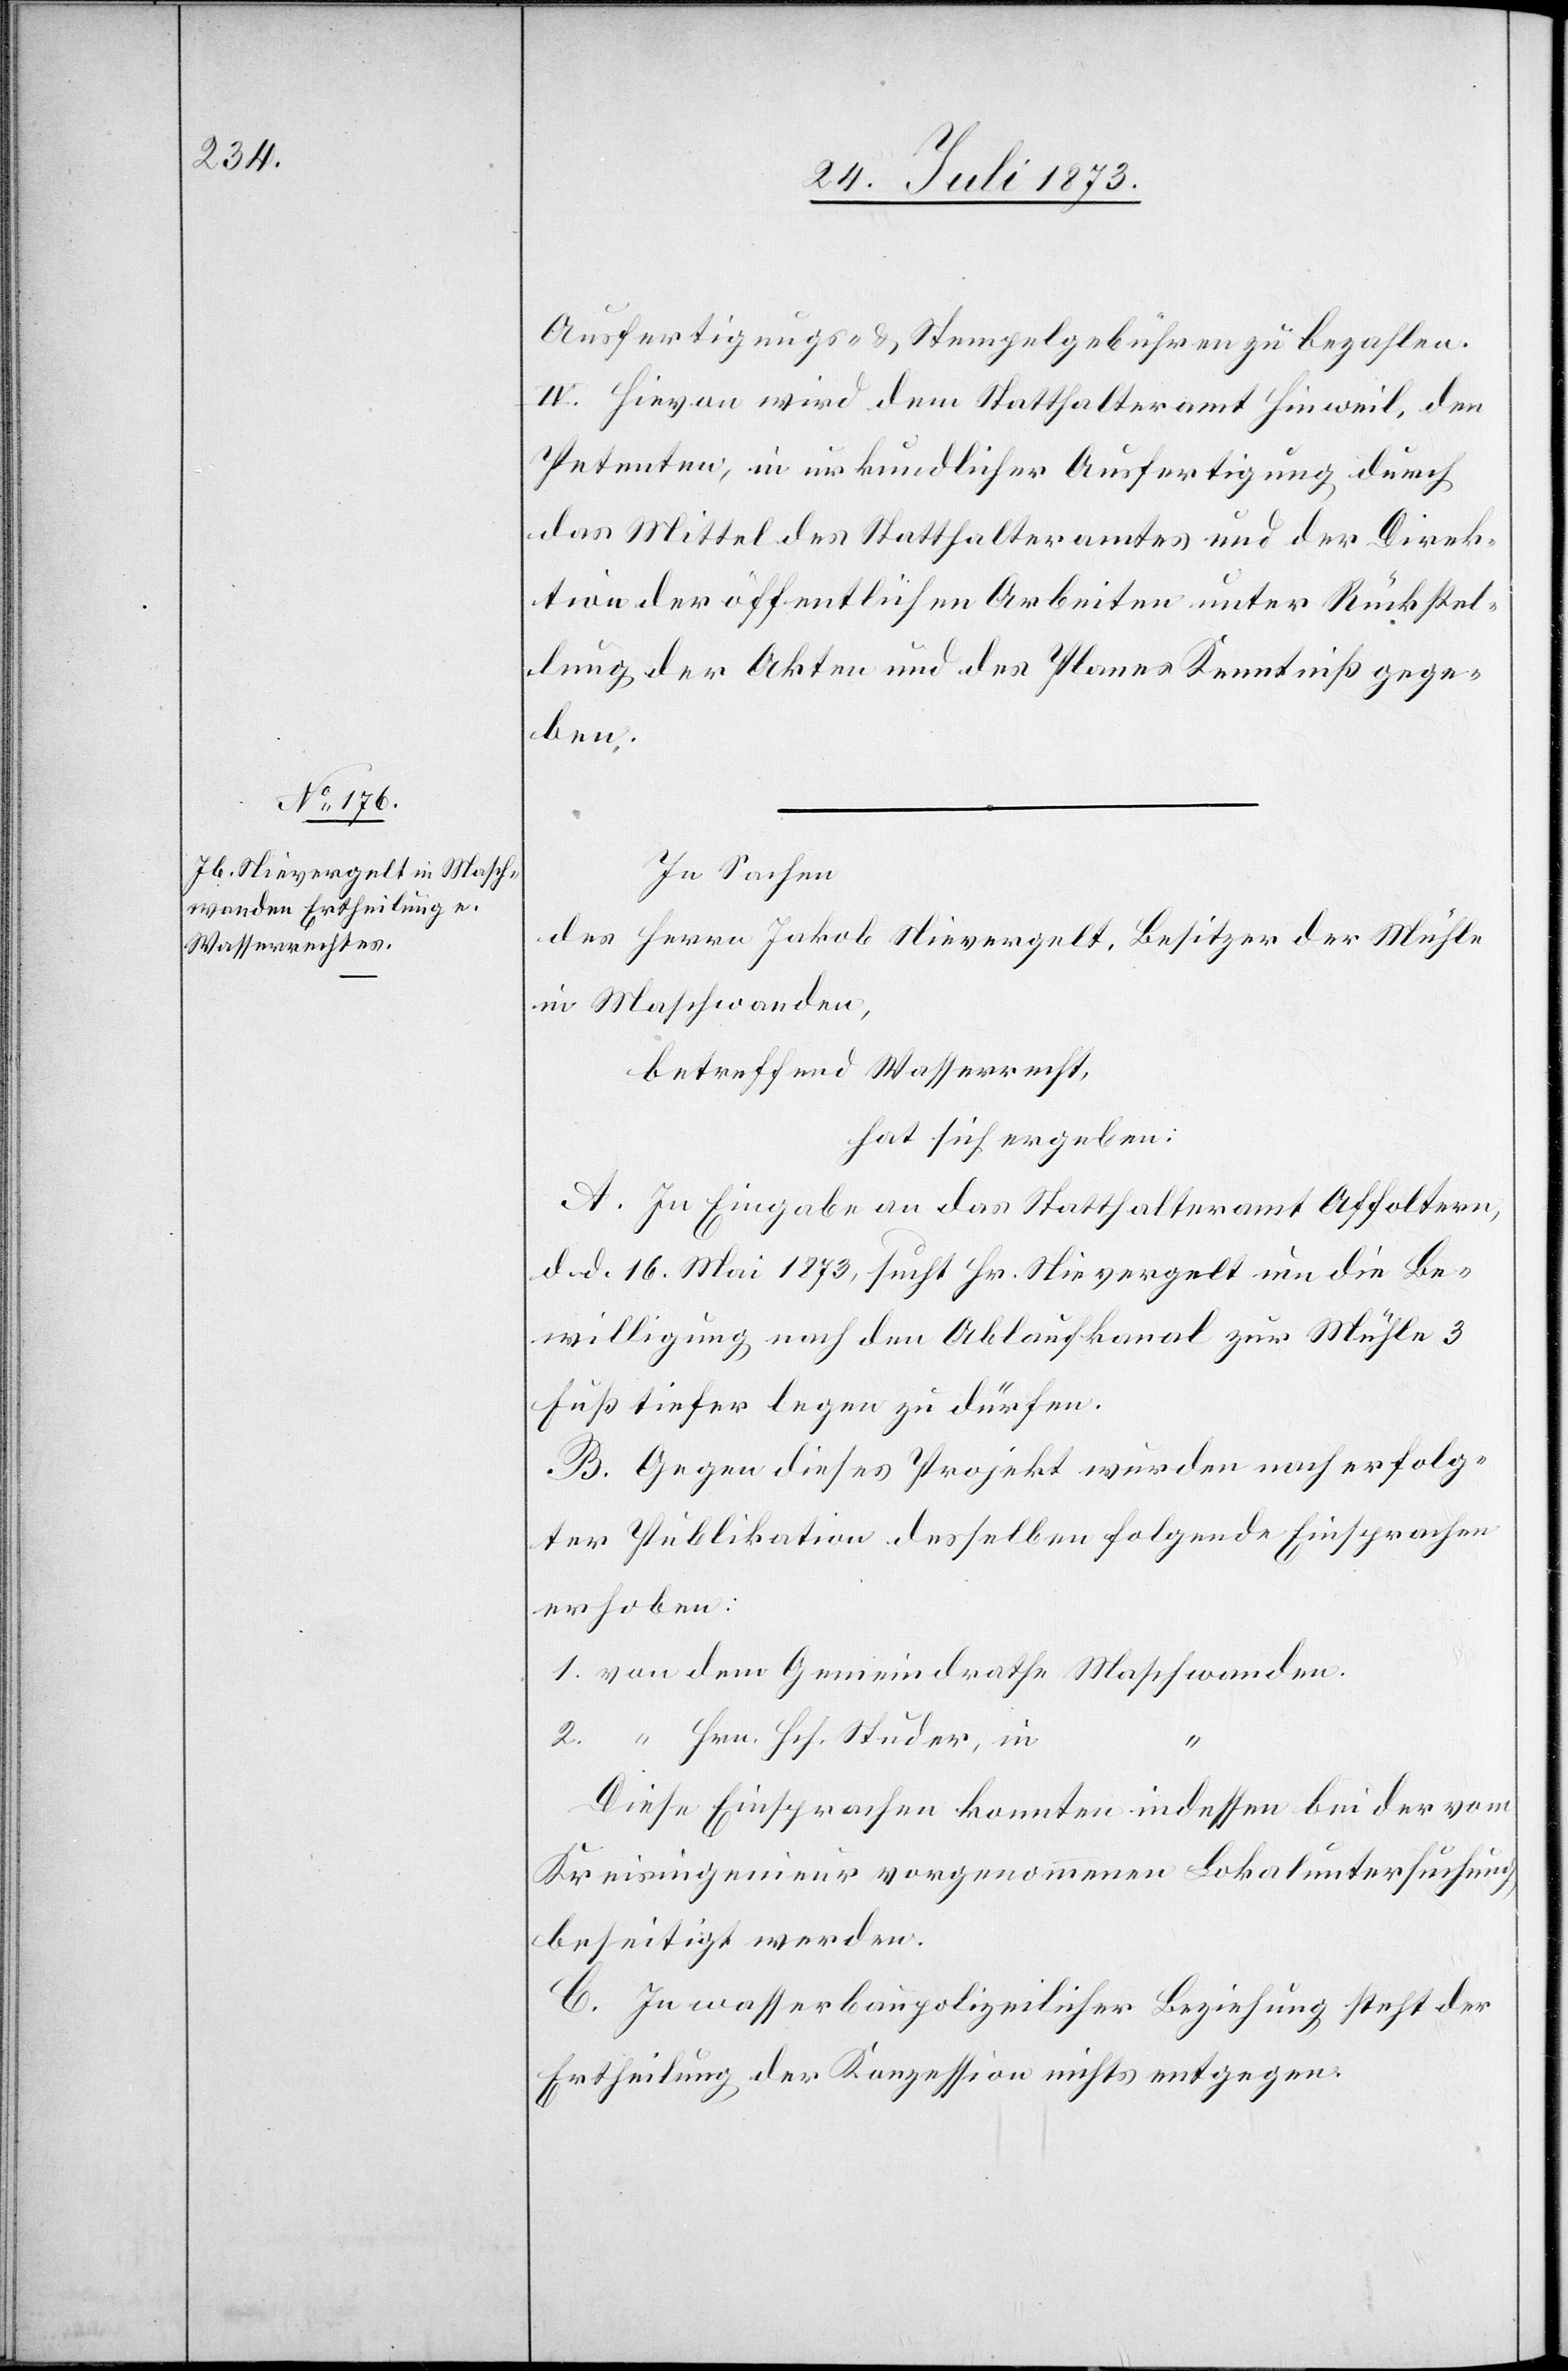
Ausfertigungs- & Stempelgebühren zu bezahlen.
IV. Hievon wird dem Statthalteramt Hinweil, den
Petenten, in urkundlicher Ausfertigung durch
das Mittel des Statthalteramtes und der Direk¬
tion der öffentlichen Arbeiten unter Rückstel¬
lung der Akten und des Planes Kenntniß gege¬
ben.
In Sachen
des Herrn Jakob Nievergelt, Besitzer der Mühle
in Maschwanden,
betreffend Wasserrecht,
hat sich ergeben:
A. In Eingabe an das Statthalteramt Affoltern,
d. d. 16. Mai 1873, sucht Hr. Nievergelt um die Be¬
willigung nach den Ablaufkanal zur Mühle 3
Fuß tiefer legen zu dürfen.
B. Gegen dieses Projekt wurden nach erfolg¬
ter Publikation desselben folgende Einsprachen
erhoben:
1. von dem Gemeindrathe Maschwanden.
2. “ Hrn. Hch. Studer, in
“
Diese Einsprachen konnten indessen bei der vom
Kreisingenieur vorgenommenen Lokaluntersuchung
beseitigt werden.
C In wasserbaupolizeilicher Beziehung steht der
Ertheilung der Konzession nichts entgegen.